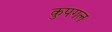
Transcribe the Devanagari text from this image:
कुपगल